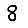
Digit: 8